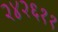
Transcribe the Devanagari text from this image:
२४२६११